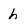
Character: h